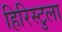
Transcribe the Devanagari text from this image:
हिरिस्टुला